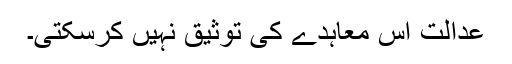
عدالت اس معاہدے کی توثیق نہیں کرسکتی۔